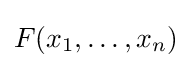
F(x_{1},\ldots ,x_{n})